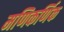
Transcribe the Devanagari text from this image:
मणिकर्णिक